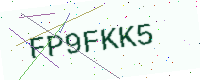
Text: FP9FKK5